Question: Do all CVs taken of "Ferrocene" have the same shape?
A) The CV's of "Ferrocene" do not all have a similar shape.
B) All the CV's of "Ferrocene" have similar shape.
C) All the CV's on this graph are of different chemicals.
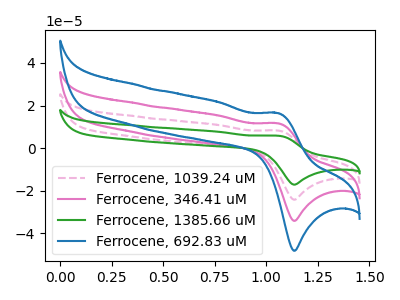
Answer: <think>The pink dashed curve "Ferrocene, 1039.24 uM" has an anodic peak at (1.05V, 23.30uA) and a cathodic peak at (1.15V, -68.15uA). The pink curve "Ferrocene, 346.41 uM" has an anodic peak at (1.05V, 11.65uA) and a cathodic peak at (1.15V, -34.10uA). The green curve "Ferrocene, 1385.66 uM" has an anodic peak at (1.05V, 35.00uA) and a cathodic peak at (1.15V, -102.25uA). The blue curve "Ferrocene, 692.83 uM" has an anodic peak at (1.05V, 16.45uA) and a cathodic peak at (1.15V, -48.10uA).
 All the peaks in "Ferrocene, 1039.24 uM" have a peak in "Ferrocene, 346.41 uM" at the same potential. Every peak in "Ferrocene, 1039.24 uM" is higher than every peak in "Ferrocene, 346.41 uM". All the peaks in "Ferrocene, 1039.24 uM" have a peak in "Ferrocene, 1385.66 uM" at the same potential. Every peak in "Ferrocene, 1039.24 uM" is lower than every peak in "Ferrocene, 1385.66 uM". All the peaks in "Ferrocene, 1039.24 uM" have a peak in "Ferrocene, 692.83 uM" at the same potential. Every peak in "Ferrocene, 1039.24 uM" is higher than every peak in "Ferrocene, 692.83 uM". All the peaks in "Ferrocene, 346.41 uM" have a peak in "Ferrocene, 1385.66 uM" at the same potential. Every peak in "Ferrocene, 346.41 uM" is lower than every peak in "Ferrocene, 1385.66 uM". All the peaks in "Ferrocene, 346.41 uM" have a peak in "Ferrocene, 692.83 uM" at the same potential. Every peak in "Ferrocene, 346.41 uM" is lower than every peak in "Ferrocene, 692.83 uM". All the peaks in "Ferrocene, 1385.66 uM" have a peak in "Ferrocene, 692.83 uM" at the same potential. Every peak in "Ferrocene, 1385.66 uM" is higher than every peak in "Ferrocene, 692.83 uM".</think>
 <answer>B) All the CV's of "Ferrocene" have similar shape.</answer>
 <eval>B</eval>